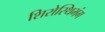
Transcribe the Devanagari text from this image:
शिरोस्थिभंग